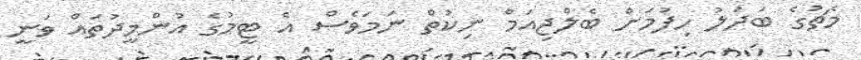
މެޗުގެ ބަދަލު ހިފުމަށް ބެލްޖިއަމް ނިކުތް ނަމަވެސް އެ ޓީމުގެ އުންމީދުތައް ވަނީ